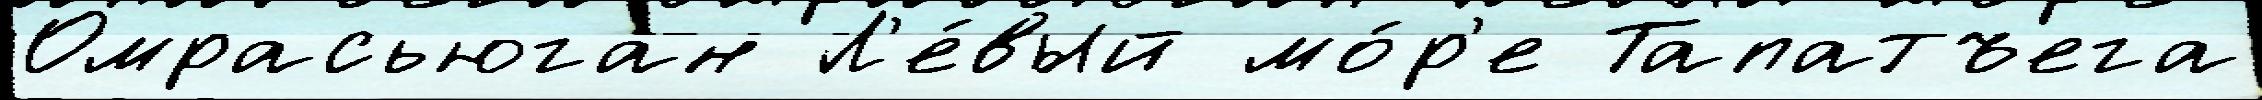
Омрасьюган Л'е́вый мо́р'е Тапатъега